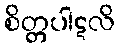
စိတ္တပါဋလိ